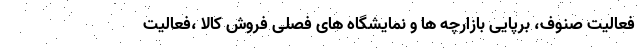
فعالیت صنوف، برپایی بازارچه ها و نمایشگاه های فصلی فروش کالا ،فعالیت